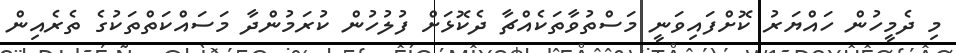
މި ދެމީހުން ހައްޔަރު ކޮށްފައިވަނީ މަސްތުވާތަކެއްޗާ ދެކޮޅަށް ފުލުހުން ކުރަމުންދާ މަސައްކަތްތަކުގެ ތެރެއިން